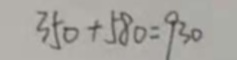
3 5 0 + 5 8 0 = 9 3 0